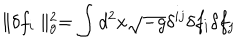
LaTeX: \parallel \delta f _ { i } \parallel _ { g } ^ { 2 } = \int d ^ { 2 } x \sqrt { - g } \delta ^ { i j } \delta f _ { i } \delta f _ { j }